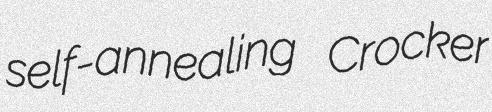
self-annealing Crocker